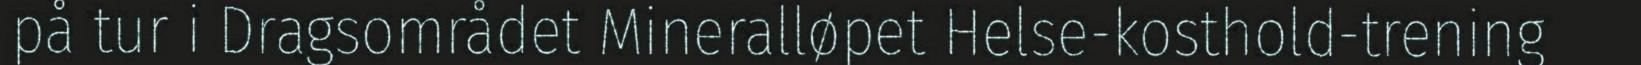
på tur i Dragsområdet Mineralløpet Helse-kosthold-trening